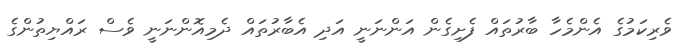
ވެރިކަމުގެ އެންމެހާ ބާރުތައް ފެށިގެން އަންނަނީ އަދި އެބާރުތައް ދެމިއޮންނަނީ ވެސް ރައްޔިތުންގެ